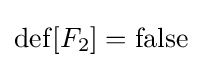
\operatorname {def} [F_{2}]=\operatorname {false}